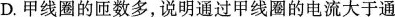
D.甲线圈的匝数多，说明通过甲线圈的电流大于通